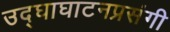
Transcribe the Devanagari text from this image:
उद्‌घाघाटनप्रसंगी